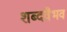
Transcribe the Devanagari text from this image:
शब्दवैभव